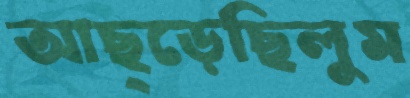
আছ্‌ড়েছিলুম